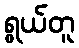
ရွယ်တူ